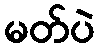
မတ်ပဲ